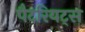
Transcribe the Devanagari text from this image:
पैटरियट्स